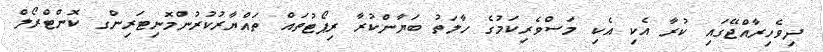
ދިވެހިރާއްޖޭގައި ކުރާ އެކި އެކި މަސްވެރިކަމުގެ ހާލަތު ބަޔާންކުރާ ރިޕޯޓުތައް ތައްޔާރުކުރުންމޮނިޓަރިންގ ކޮންޓްރޯލް